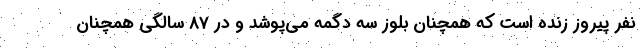
نفر پیروز زنده است که همچنان بلوز سه دگمه می‌پوشد و در 87 سالگی همچنان